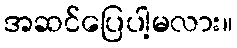
အဆင်ပြေပါ့မလား။